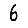
Digit: 6